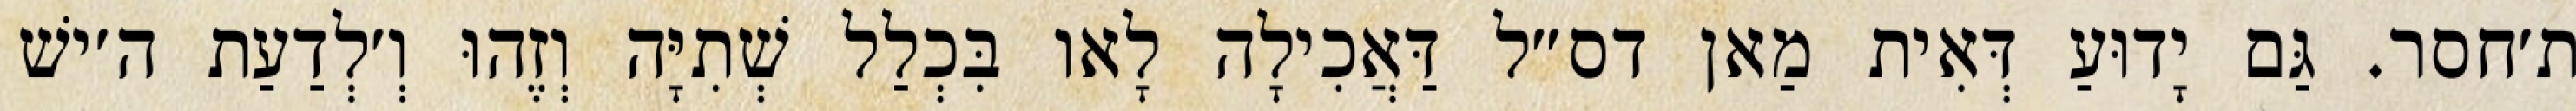
ת׳חסר. גַּם יָדוּעַ דְּאִית מַאן דס״ל דַּאֲכִילָה לָאו בִּכְלַל שְׁתִיָּה וְזֶהוּ וְ׳לְדַעַת ה׳ישׁ